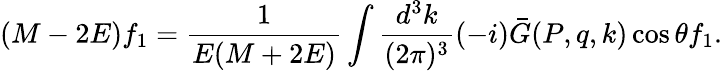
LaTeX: (M-2E)f_{1}=\frac{1}{E(M+2E)}\int\frac{d^{3}k}{(2\pi)^{3}}(-i)\bar{G}(P,q,k)\cos\theta f_{1}.